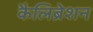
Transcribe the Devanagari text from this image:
कैलिब्रेशन